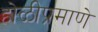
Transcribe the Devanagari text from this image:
होळीप्रमाणे